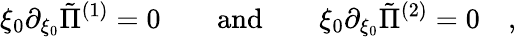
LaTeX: \xi_{0}\partial_{\xi_{0}}\tilde{\Pi}^{(1)}=0\qquad\mathrm{and}\qquad\xi_{0}\partial_{\xi_{0}}\tilde{\Pi}^{(2)}=0\quad,